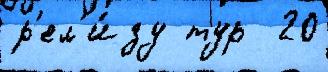
р'ел'и́зу тур  20